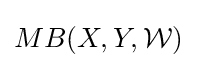
MB(X,Y,{\mathcal {W}})